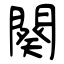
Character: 闋